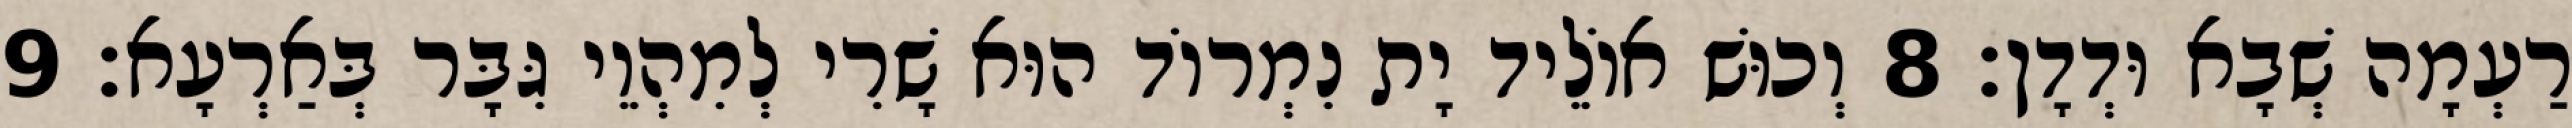
רַעְמָה שְׁבָא וּדְדָן׃ 8 וְכוּשׁ אוֹלֵיד יָת נִמְרוֹד הוּא שָׁרִי לְמִהְוֵי גִּבָּר בְּאַרְעָא׃ 9